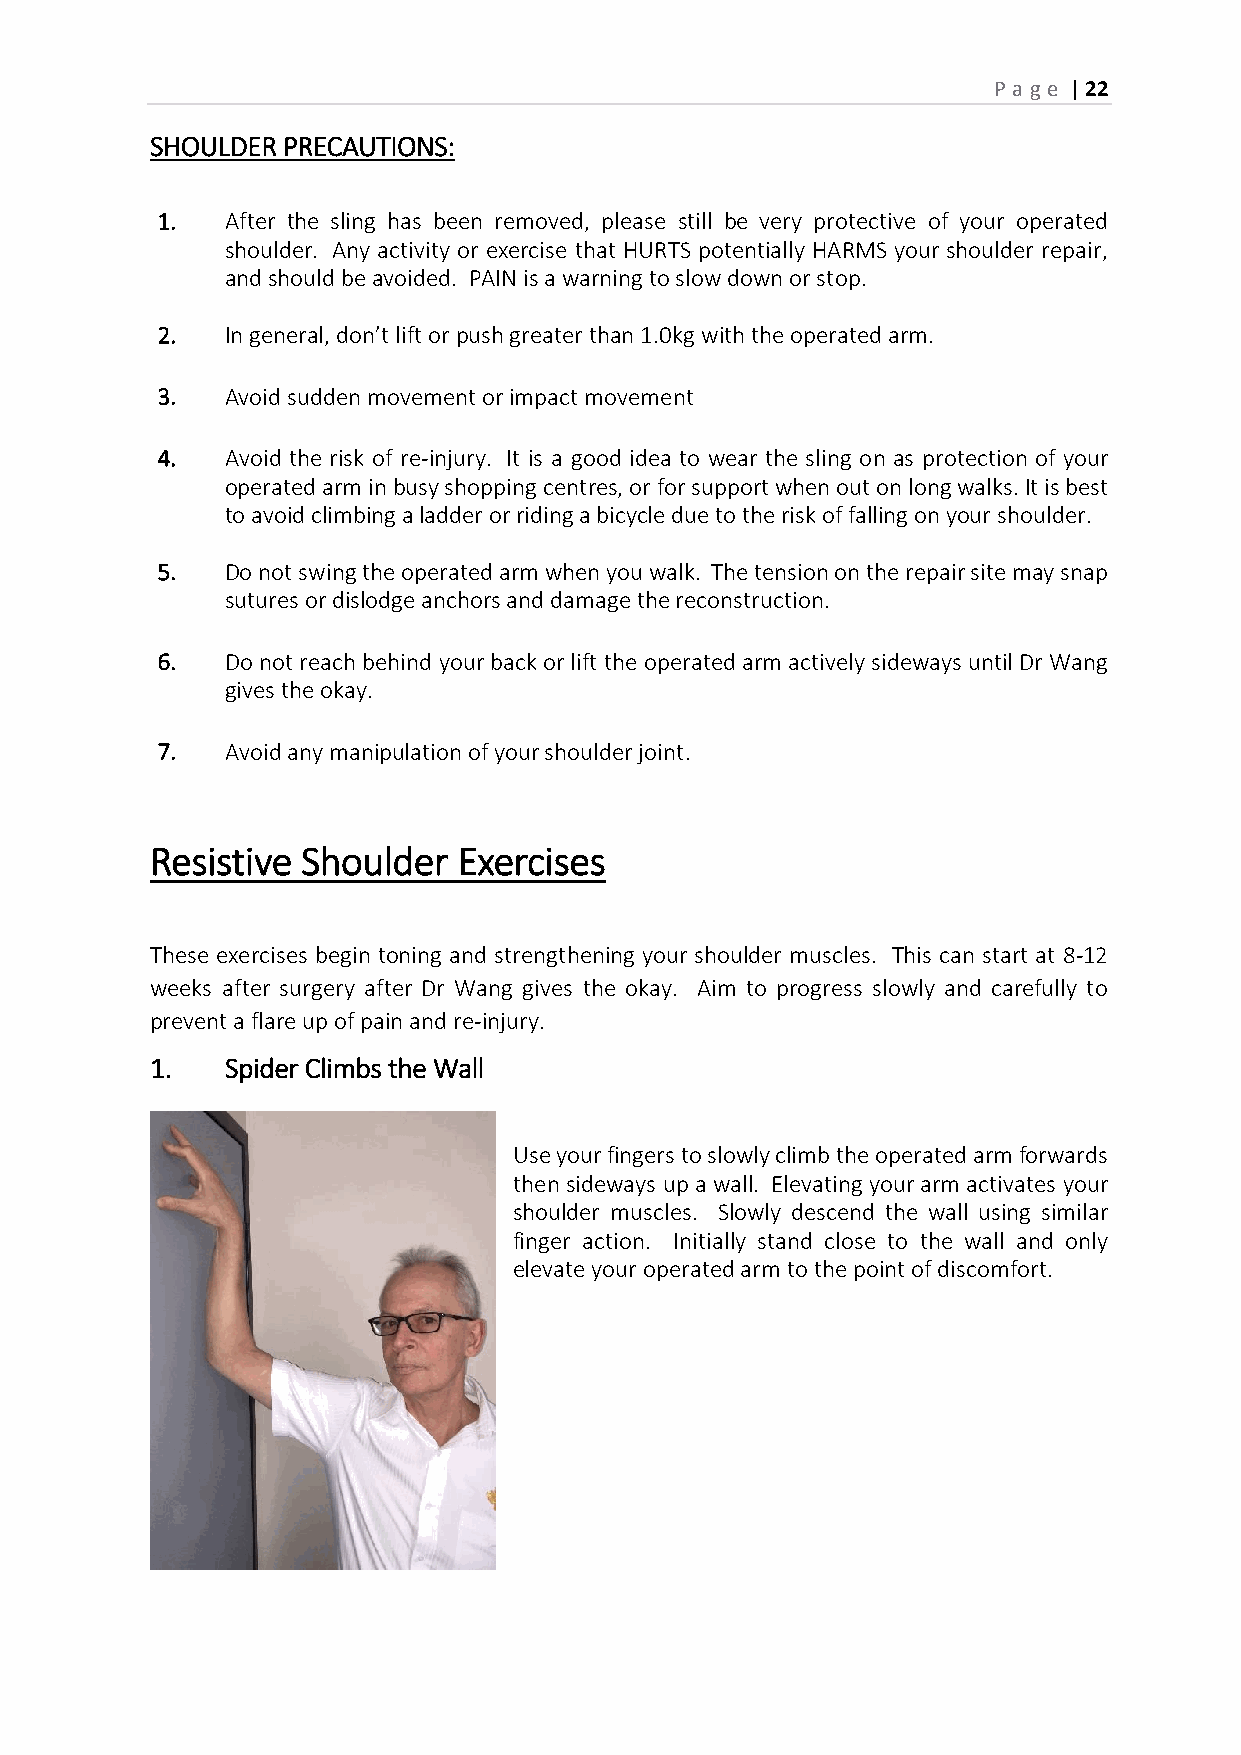
P age | 22
 SHOULDER PRECAUTIONS:
 1.   After the sling has been removed, please still be very protective of your operated
 shoulder. Any activity or exercise that HURTS potentially HARMS your shoulder repair,
 and should be avoided. PAIN is a warning to slow down or stop.
 2.   In general, don’t lift or push greater than 1.0kg with the operated arm.
 3.   Avoid sudden movement or impact movement
 4.   Avoid the risk of re-injury. It is a good idea to wear the sling on as protection of your
 operated arm in busy shopping centres, or for support when out on long walks. It is best
 to avoid climbing a ladder or riding a bicycle due to the risk of falling on your shoulder.
 5.   Do not swing the operated arm when you walk. The tension on the repair site may snap
 sutures or dislodge anchors and damage the reconstruction.
 6.   Do not reach behind your back or lift the operated arm actively sideways until Dr Wang
 gives the okay.
 7.   Avoid any manipulation of your shoulder joint.
 Resistive Shoulder  Exercises
 These exercises begin toning and strengthening your shoulder muscles. This can start at 8-12
 weeks after surgery after Dr Wang gives the okay. Aim to progress slowly and carefully to
 prevent a flare up of pain and re-injury.
 1.   Spider Climbs the Wall
 Use your fingers to slowly climb the operated arm forwards
 then sideways up a wall. Elevating your arm activates your
 shoulder muscles. Slowly descend the wall using similar
 finger action. Initially stand close to the wall and only
 elevate your operated arm to the point of discomfort.